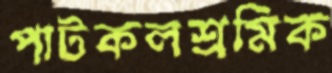
পাটকলশ্রমিক